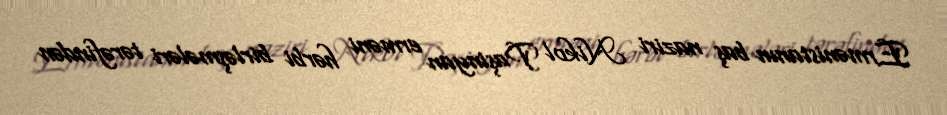
Ermənistanın baş naziri Nikol Paşinyan erməni hərbi birləşmələri tərəfindən